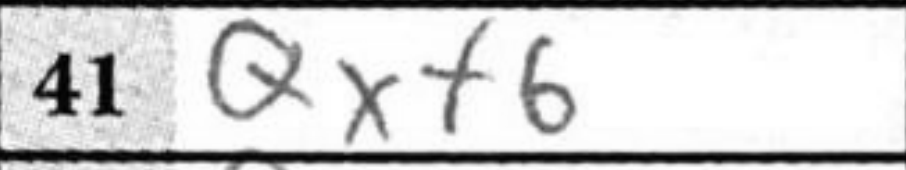
Transcription: Qxf6